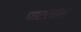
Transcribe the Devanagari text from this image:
पाटलास